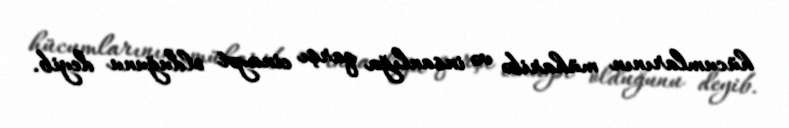
hücumlarının müharibə və insanlığa qarşı cinayət olduğunu deyib.